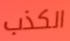
الكذب